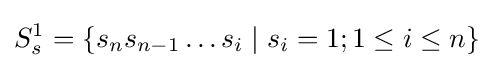
S_{s}^{1}=\{s_{n}s_{n-1}\ldots s_{i}\mid s_{i}=1;1\leq i\leq n\}